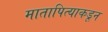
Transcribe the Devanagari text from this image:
मातापित्याकडून